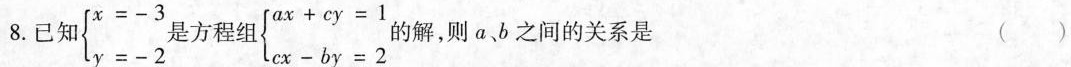
8.已知\begin{cases}